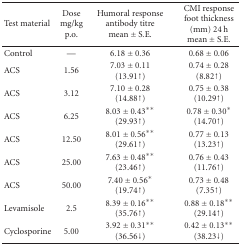
<table><thead><tr><td><b>Test material</b></td><td><b>Dosemg/kgp.o.</b></td><td><b>Humoral responseantibody titremean ± S.E.</b></td><td><b>CMI responsefoot thickness(mm) 24 hmean ± S.E.</b></td></tr></thead><tbody><tr><td> Control</td><td>—</td><td>6.18 ± 0.36</td><td>0.68 ± 0.06</td></tr><tr><td>ACS</td><td>1.56</td><td>7.03 ± 0.11(13.91↑)</td><td>0.74 ± 0.28(8.82↑)</td></tr><tr><td>ACS</td><td>3.12</td><td>7.10 ± 0.28(14.88↑)</td><td>0.75 ± 0.38(10.29↑)</td></tr><tr><td>ACS</td><td>6.25</td><td>8.03 ± 0.43**(29.93↑)</td><td>0.78 ± 0.30*(14.70↑)</td></tr><tr><td>ACS</td><td>12.50</td><td>8.01 ± 0.56**(29.61↑)</td><td>0.77 ± 0.13(13.23↑)</td></tr><tr><td>ACS</td><td>25.00</td><td>7.63 ± 0.48** (23.46↑)</td><td>0.76 ± 0.43(11.76↑)</td></tr><tr><td>ACS</td><td>50.00</td><td>7.40 ± 0.56*(19.74↑)</td><td>0.73 ± 0.48(7.35↑)</td></tr><tr><td>Levamisole</td><td>2.5</td><td>8.39 ± 0.16**(35.76↑)</td><td>0.88 ± 0.18**(29.14↑)</td></tr><tr><td>Cyclosporine</td><td>5.00</td><td>3.92 ± 0.31**(36.56↓)</td><td>0.42 ± 0.13**(38.23↓)</td></tr></tbody></table>